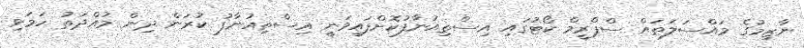
ނާޒިމުގެ މައްސަލަތައް ސްޕްރީމް ކޯޓުގައި އިސްތިއުނާފުކޮށްފައިވަނީ އިސްތިއުނާފު ކުރަން ދިން މުއްްދަތު ހަމަވި